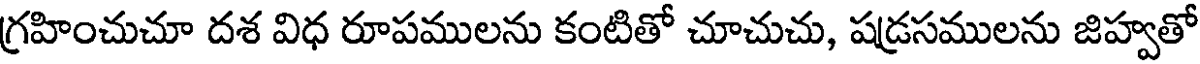
గ్రహించుచూ దశ విధ రూపములను కంటితో చూచుచు, షడ్రసములను జిహ్వతో